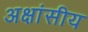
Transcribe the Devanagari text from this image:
अक्षांसीय